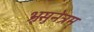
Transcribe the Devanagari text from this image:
भ्रूसुनेत्रम्